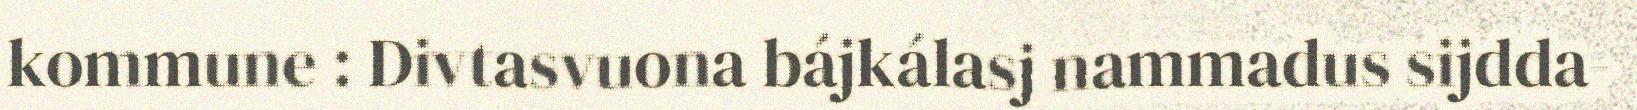
kommune : Divtasvuona bájkálasj nammadus sijdda-